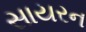
સાયરન